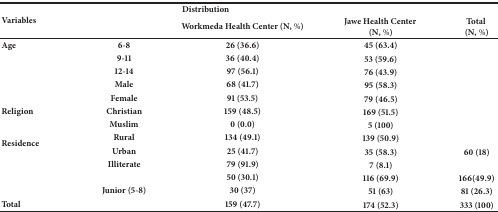
<table><thead><tr><td colspan="2" rowspan="2"><b>Variables</b></td><td colspan="3"><b>Distribution </b></td></tr><tr><td><b>Workmeda Health Center (N, %)</b></td><td><b>Jawe Health Center (N, %)</b></td><td><b>Total (N, %)</b></td></tr></thead><tbody><tr><td><b>Age</b></td><td><b>6-8</b></td><td><b>26 (36.6)</b></td><td><b>45 (63.4)</b></td><td>[EMPTY_CELL]</td></tr><tr><td>[EMPTY_CELL]</td><td><b>9-11</b></td><td><b>36 (40.4)</b></td><td><b>53 (59.6)</b></td><td>[EMPTY_CELL]</td></tr><tr><td>[EMPTY_CELL]</td><td><b>12-14</b></td><td><b>97 (56.1)</b></td><td><b>76 (43.9)</b></td><td>[EMPTY_CELL]</td></tr><tr><td>[EMPTY_CELL]</td><td><b>Male</b></td><td><b>68 (41.7)</b></td><td><b>95 (58.3)</b></td><td>[EMPTY_CELL]</td></tr><tr><td>[EMPTY_CELL]</td><td><b>Female</b></td><td><b>91 (53.5)</b></td><td><b>79 (46.5)</b></td><td>[EMPTY_CELL]</td></tr><tr><td><b>Religion</b></td><td><b>Christian</b></td><td><b>159 (48.5)</b></td><td><b>169 (51.5)</b></td><td>[EMPTY_CELL]</td></tr><tr><td>[EMPTY_CELL]</td><td><b>Muslim</b></td><td><b>0 (0.0)</b></td><td><b>5 (100)</b></td><td>[EMPTY_CELL]</td></tr><tr><td rowspan="2"><b>Residence</b></td><td><b>Rural</b></td><td><b>134 (49.1)</b></td><td><b>139 (50.9)</b></td><td>[EMPTY_CELL]</td></tr><tr><td><b>Urban</b></td><td><b>25 (41.7)</b></td><td><b>35 (58.3)</b></td><td><b>60 (18)</b></td></tr><tr><td rowspan="3">[EMPTY_CELL]</td><td><b>Illiterate</b></td><td><b>79 (91.9)</b></td><td><b>7 (8.1)</b></td><td>[EMPTY_CELL]</td></tr><tr><td>[EMPTY_CELL]</td><td><b>50 (30.1)</b></td><td><b>116 (69.9)</b></td><td><b>166(49.9)</b></td></tr><tr><td><b>Junior (5-8)</b></td><td><b>30 (37)</b></td><td><b>51 (63)</b></td><td><b>81 (26.3)</b></td></tr><tr><td colspan="2"><b>Total</b></td><td><b>159 (47.7)</b></td><td><b>174 (52.3)</b></td><td><b>333 (100)</b></td></tr></tbody></table>